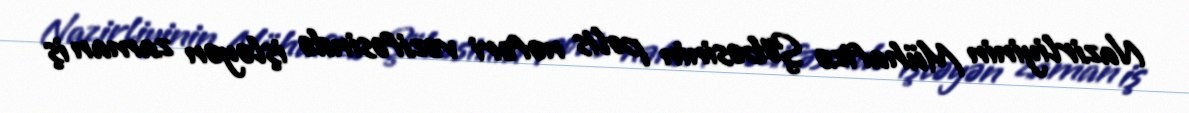
Nazirliyinin Mühafizə Şöbəsinin polis nəfəri vəzifəsində işləyən zaman iş